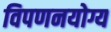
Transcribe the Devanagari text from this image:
विपणनयोग्य